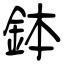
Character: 鉢